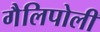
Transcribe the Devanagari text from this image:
गैलिपोली